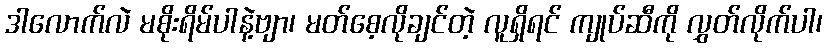
ဒါလောက်လဲ မစိုးရိမ်ပါနဲ့ဗျာ၊ မတ်စေ့လိုချင်တဲ့ လူရှိရင် ကျုပ်ဆီကို လွှတ်လိုက်ပါ၊